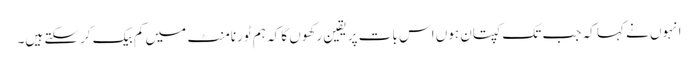
انہوں نے کہا کہ جب تک کپتان ہوں اس بات پر یقین رکھوں گا کہ ہم ٹورنامنٹ میں کم بیک کرسکتے ہیں۔